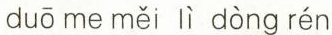
duō me měi lì dòng rén